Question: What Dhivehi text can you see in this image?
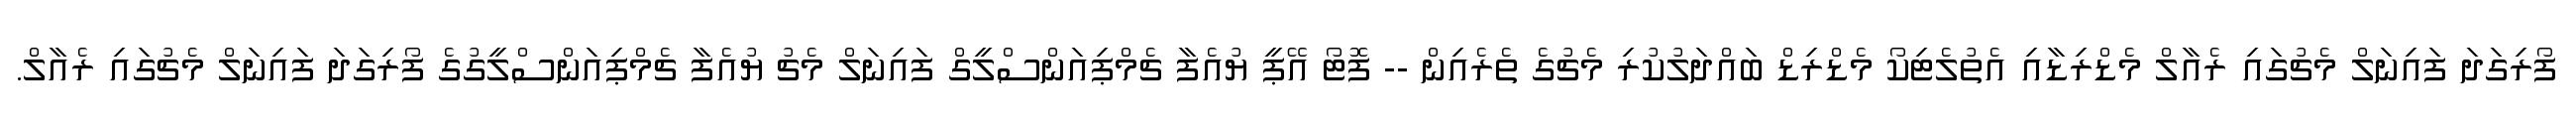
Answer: ފޯރިގަދަ ފައިނަލް މެޗުގައި ރެއާލް މެޑްރިޑާއި އެތުލެޓިކޯ މެޑްރިޑް ބައްދަލުކުރި މެޗުގެ ތެރެއިން -- ފޮޓޯ އޭޕީ ޔުއެފާ ޗެމްޕިއަންސްލީގް ފައިނަލް މެޗު ޔުއެފާ ޗެމްޕިއަންސްލީގުގެ ފޯރިގަދަ ފައިނަލް މެޗުގައި ރެއާލް.